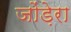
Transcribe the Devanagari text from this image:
जोंड़ेरा